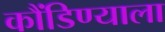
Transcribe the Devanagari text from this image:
कौंडिण्याला